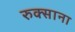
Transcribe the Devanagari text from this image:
रुक्साना